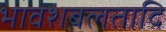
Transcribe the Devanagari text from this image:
भावशबलतादि